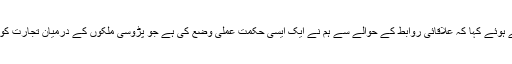
ناظم الامور جوناتھن پریٹ نے کانفرنس سے خطاب کرتے ہوئے کہا کہ علاقائی روابط کے حوالے سے ہم نے ایک ایسی حکمت عملی وضع کی ہے جو پڑوسی ملکوں کے درمیان تجارت کو فروغ دے گی اور ان کےباہمی تعلقات کو بہتر بنائے گی۔